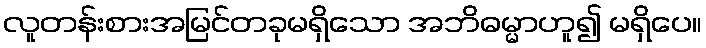
လူတန်းစားအမြင်တခုမရှိသော အဘိဓမ္မာဟူ၍ မရှိပေ။